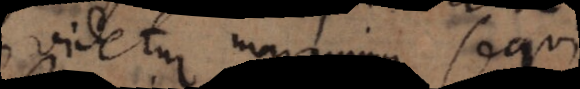
videtur maximum sequi.